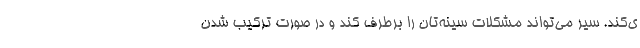
ی‌کند. سیر می‌تواند مشکلات سینه‌تان را برطرف کند و در صورت ترکیب شدن